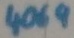
Text: 4069